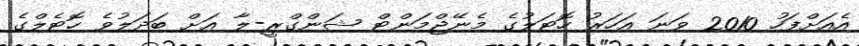
އެއަށްފަހު 2010 ވަނަ އަހަރު ހޮޓަލުގެ މެނޭޖްމަންޓް ޝަންގްރީ-ލާ އަށް ބަދަލުވެ ހޮޓެލްގެ